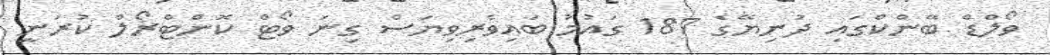
ވޯލްޑް ބޭންކްގައި ދުނިޔޭގެ 187 ގައުމު ބައިވެރިވިޔަސް ގިނަ ވޯޓް ކޮންޓްރޯލް ކުރަނީ